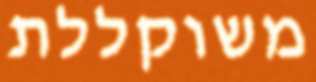
משוקללת